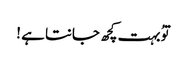
توُ بہت کچھ جانتا ہے !